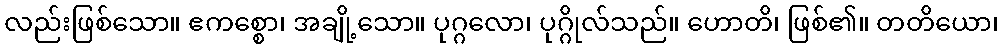
လည်းဖြစ်သော။ ဧကစ္စော၊ အချို့သော။ ပုဂ္ဂလော၊ ပုဂ္ဂိုလ်သည်။ ဟောတိ၊ ဖြစ်၏။ တတိယော၊